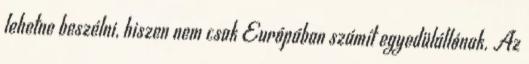
lehetne beszélni, hiszen nem csak Európában számít egyedülállónak. Az